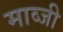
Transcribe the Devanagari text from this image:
माव्जी